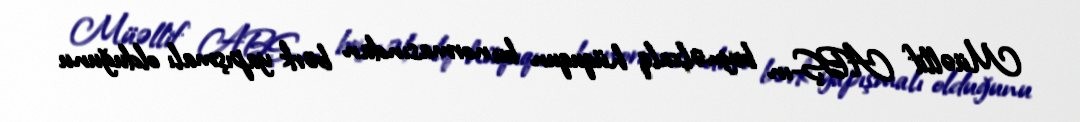
Müəllif ABŞ-ın beynəlxalq hüququn bu normasından bərk yapışmalı olduğunu